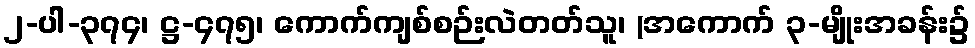
၂-ပါ-၃၇၄၊ ဋ္ဌ-၄၇၅၊ ကောက်ကျစ်စဉ်းလဲတတ်သူ၊ (အကောက် ၃-မျိုးအခန်း၌